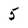
Character: 5